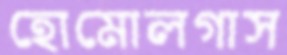
হোমোলগাস